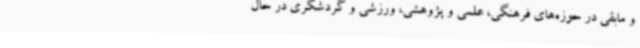
و مابقی در حوزه‌های فرهنگی، علمی و پژوهشی، ورزشی و گردشگری در حال